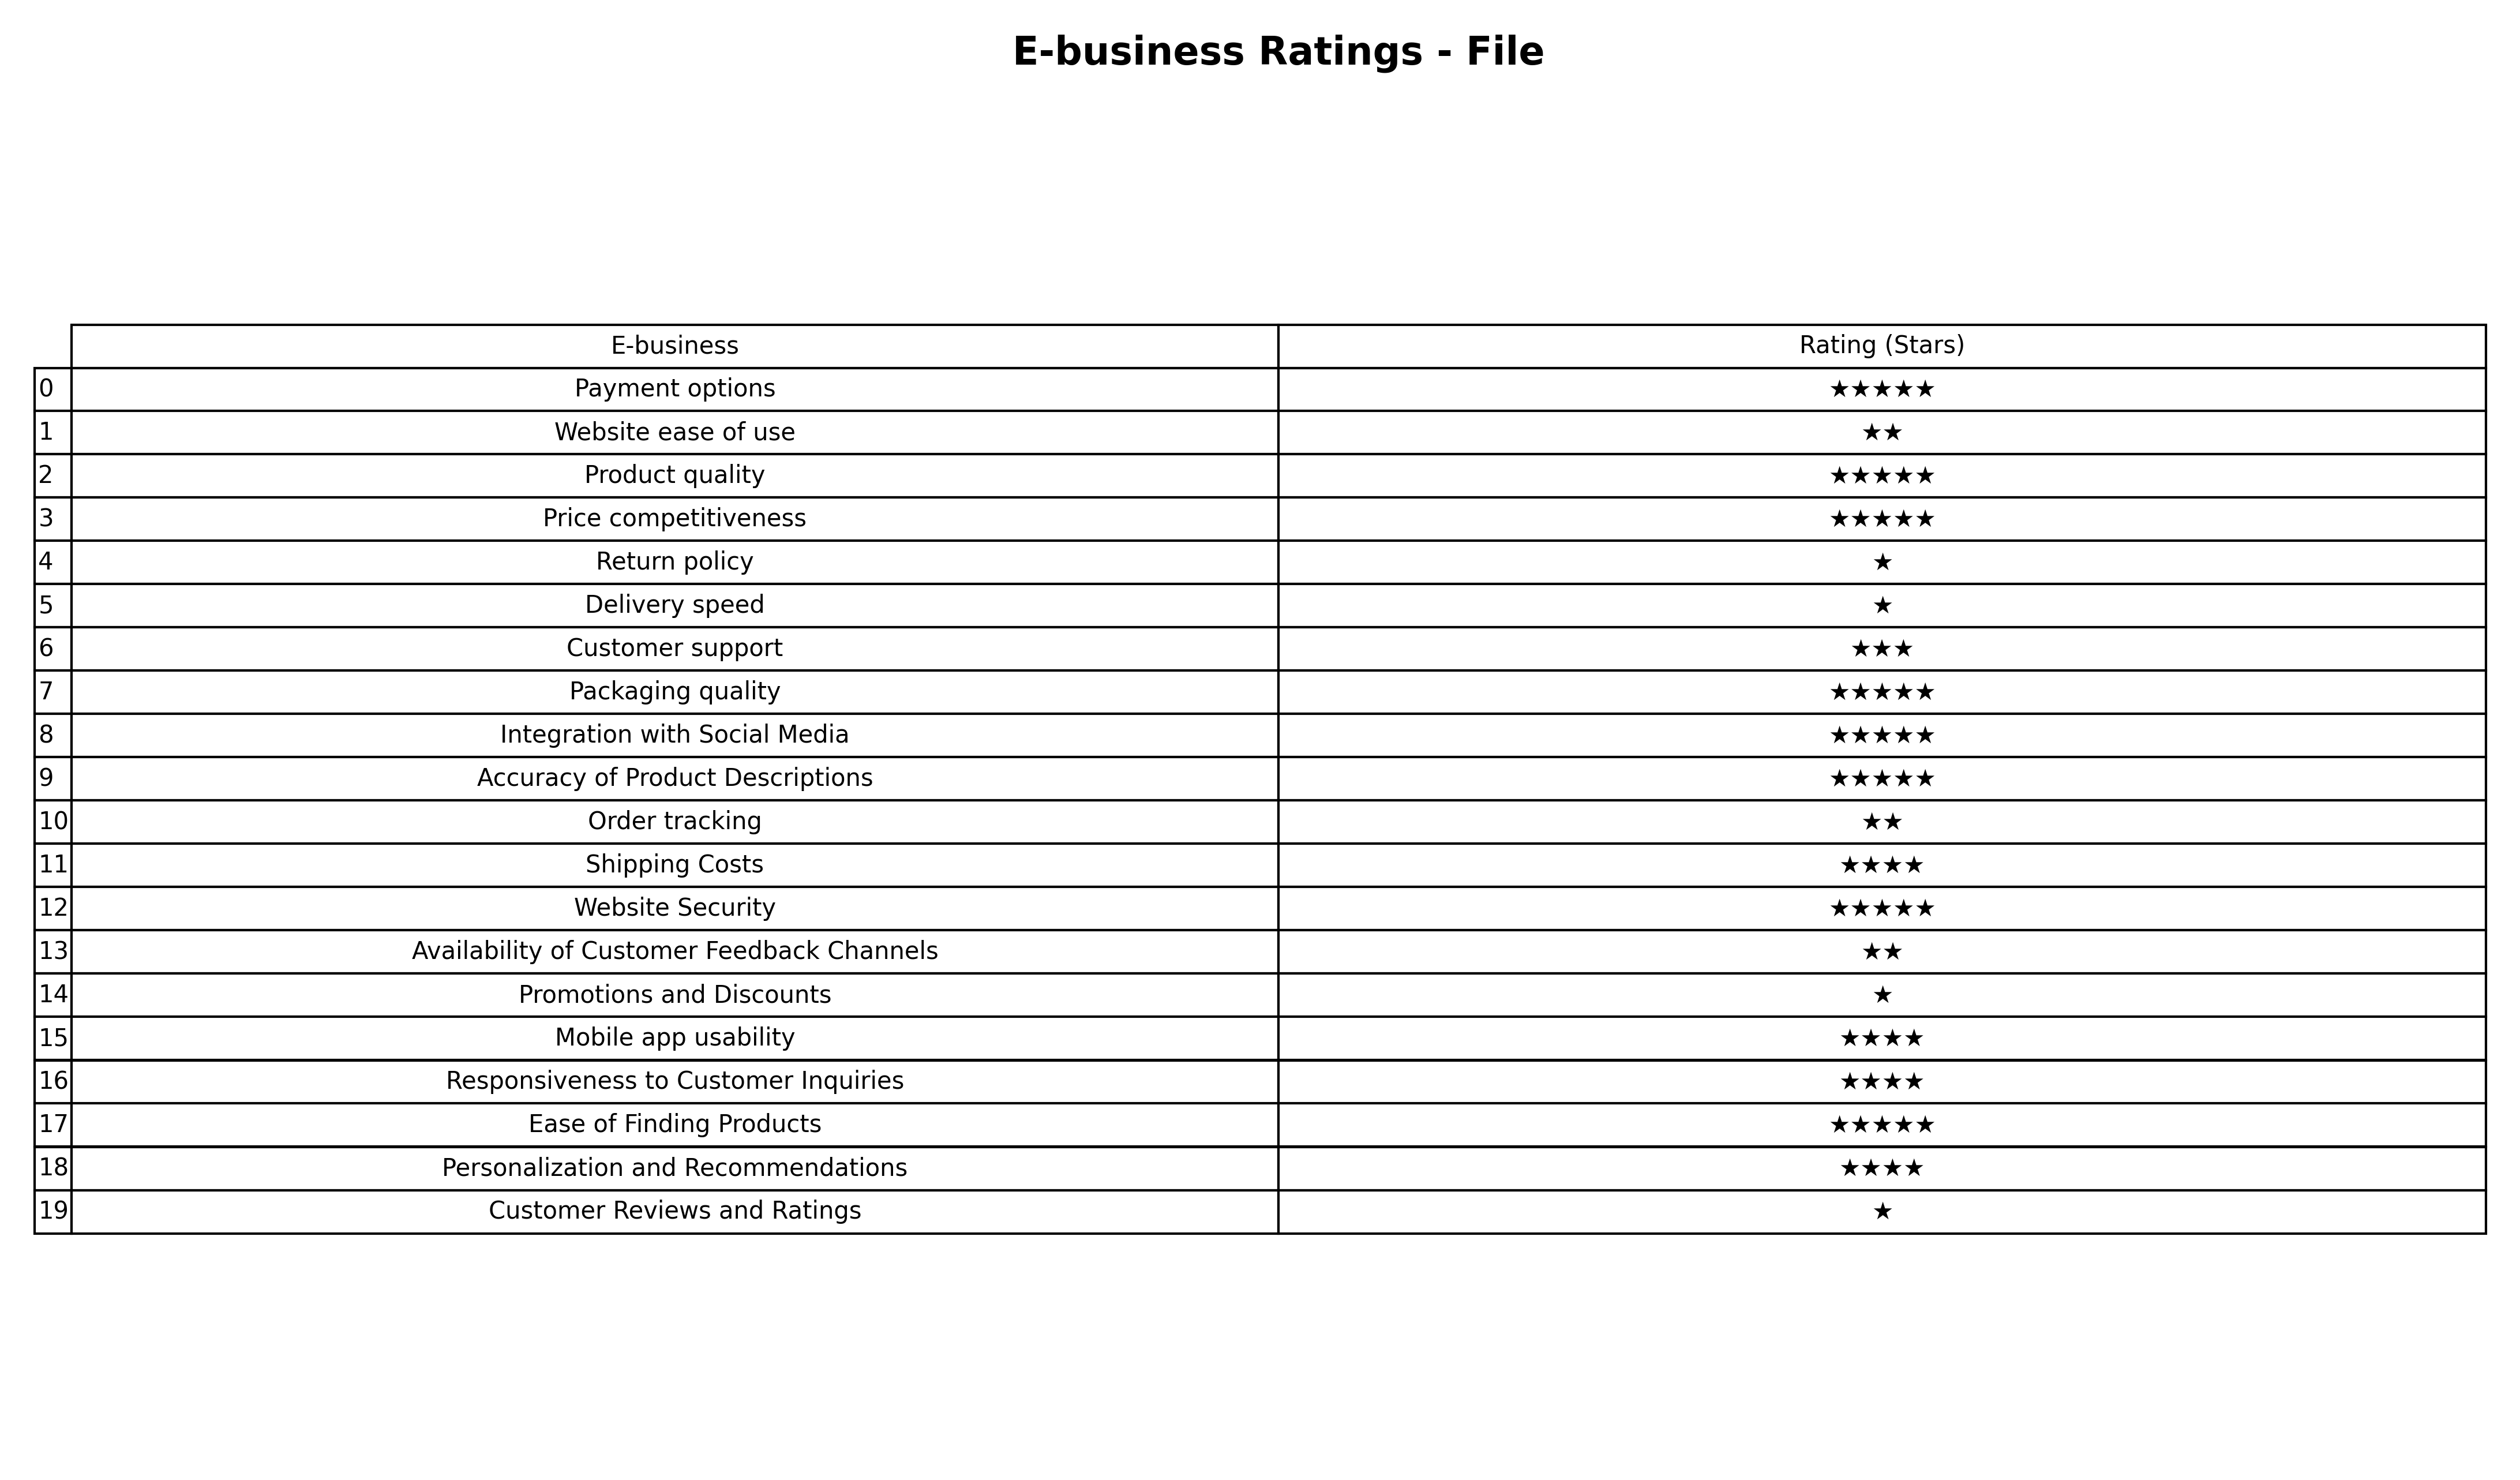
question: What are two star services?
answer: Website ease of useOrder trackingAvailability of Customer Feedback Channels